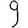
Digit: 9